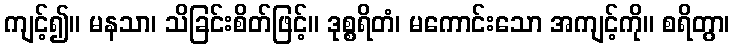
ကျင့်၍။ မနသာ၊ သိခြင်းစိတ်ဖြင့်။ ဒုစ္စရိတံ၊ မကောင်းသော အကျင့်ကို။ စရိတွာ၊